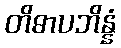
တိဓာပဘိန္နံ